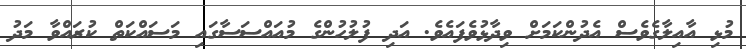
މުޅި އާއިލާގެވެސް އެދުންކަމަށް ވިދާޅުވެފައެވެ. އަދި ފުލުުހުންގެ މުއައްސަސާގައި މަސައްކަތް ކުރައްވާ މަދު